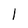
Character: 1